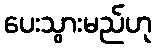
ပေးသွားမည်ဟု